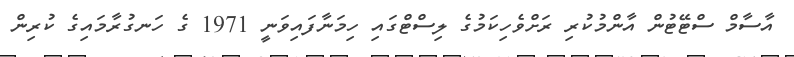
އާސާމް ސްޓޭޓުން އާންމުކުރި ރަށްވެހިކަމުގެ ލިސްޓްގައި ހިމަނާފައިވަނީ 1971 ގެ ހަނގުރާމައިގެ ކުރިން